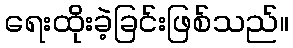
ရေးထိုးခဲ့ခြင်းဖြစ်သည်။